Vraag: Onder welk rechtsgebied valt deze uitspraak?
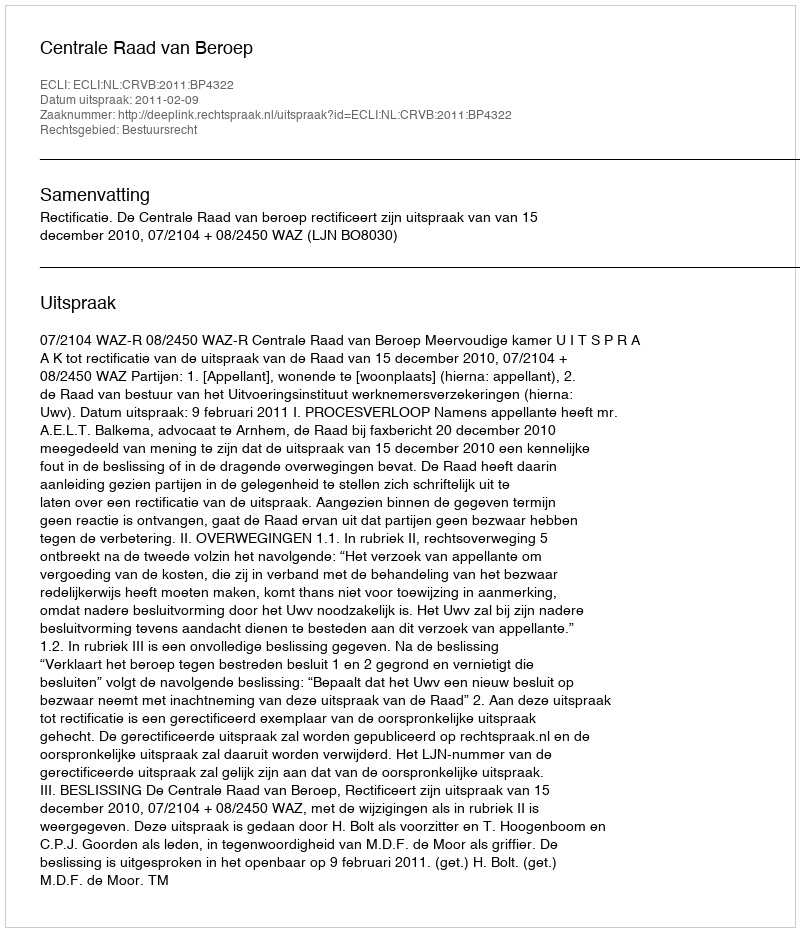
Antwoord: Bestuursrecht